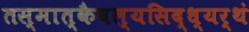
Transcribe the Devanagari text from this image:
तस्मात्कैवल्यसिद्ध्यर्थं